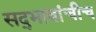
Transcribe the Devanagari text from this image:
सद्‍भावांचीच